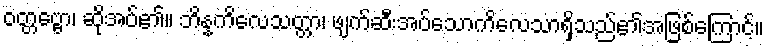
ဝတ္တဗ္ဗော၊ ဆိုအပ်၏။ ဘိန္နကိလေသတ္တာ၊ ဖျက်ဆီးအပ်သောကိလေသာရှိသည်၏အဖြစ်ကြောင့်။